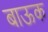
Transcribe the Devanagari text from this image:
बाऊक